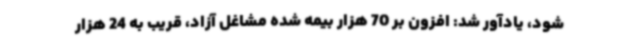
شود، یادآور شد: افزون بر 70 هزار بیمه شده مشاغل آزاد، قریب به 24 هزار